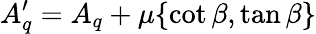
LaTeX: A_{q}^{\prime}=A_{q}+\mu\{ \cot\beta,\tan\beta\}